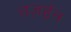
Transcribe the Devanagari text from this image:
तज़ईन